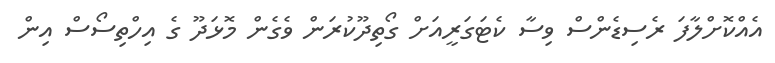
އެއްކޮށްލާފަ ރެސިޑެންސް ވިސާ ކެޓަގަރީއަށް ގޯތިދޫކުރަން ވެގެން މޮޅަދޫ ގެ އިހްތިސޯސް އިން